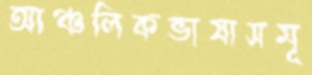
আঞ্চলিকভাষাসমূ